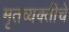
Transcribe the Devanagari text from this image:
मृतव्यक्तीचे